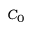
C _ { 0 }